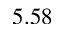
5 . 5 8